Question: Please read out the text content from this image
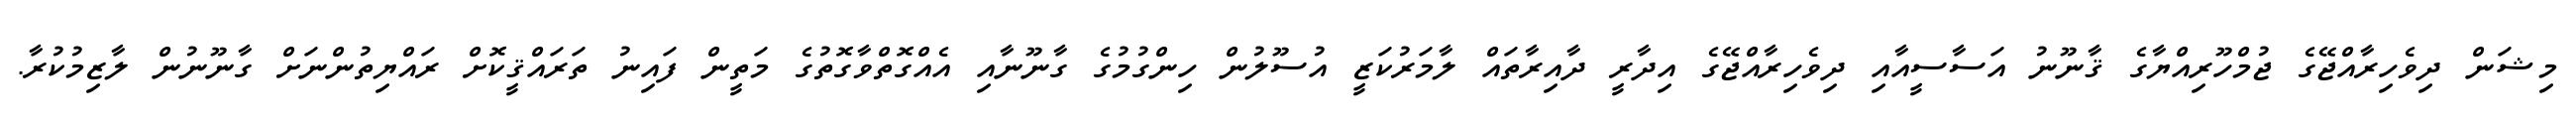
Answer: މިޝަން ދިވެހިރާއްޖޭގެ ޖުމްހޫރިއްޔާގެ ޤާނޫނު އަސާސީއާއި ދިވެހިރާއްޖޭގެ އިދާރީ ދާއިރާތައް ލާމަރުކަޒީ އުސޫލުން ހިންގުމުގެ ގާނޫނާއި އެއްގޮތްވާގޮތުގެ މަތީން ފައިނު ތަރައްޤީކޮށް ރައްޔިތުންނަށް ގާނޫނުން ލާޒިމުކުރާ.